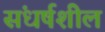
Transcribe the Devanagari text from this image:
संधर्षशील